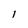
Character: 1